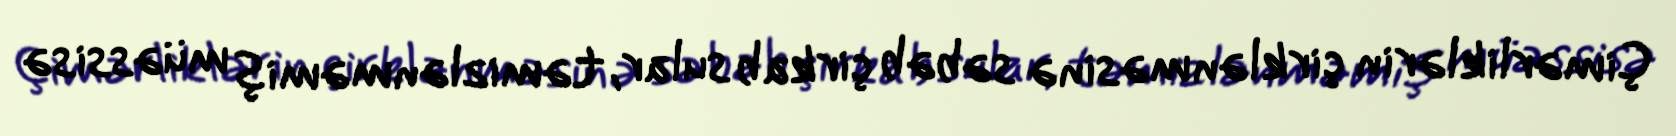
Çimərliklərin çirklənməsinə səbəb çirkab sular, təmizlənməmiş müəssisə